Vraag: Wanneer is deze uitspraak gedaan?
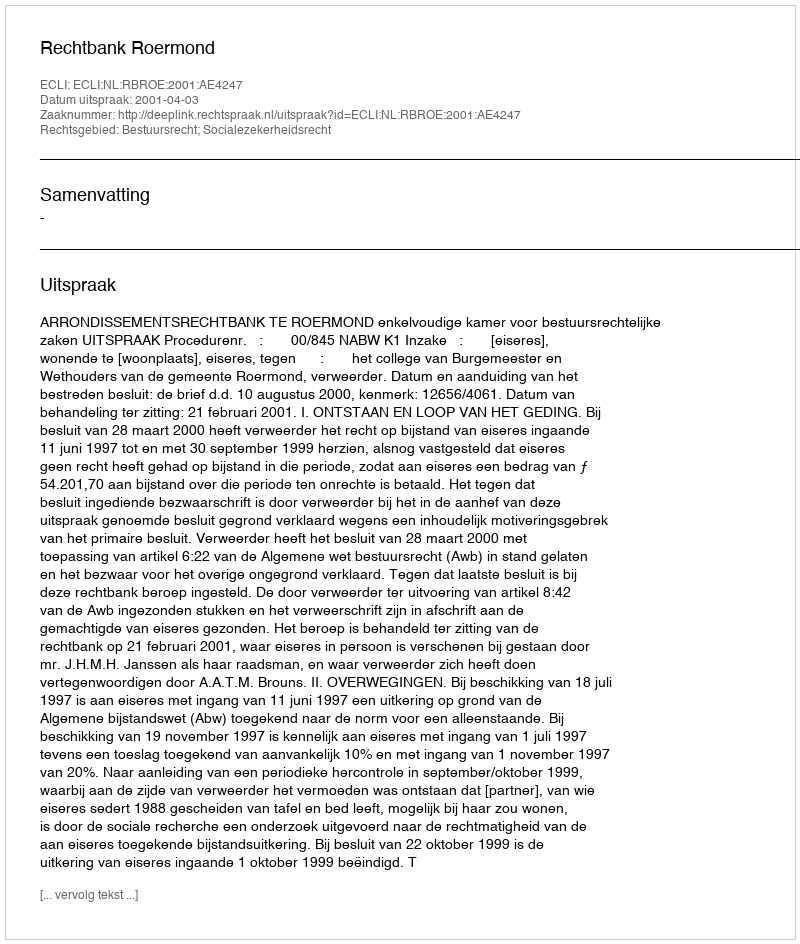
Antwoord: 2001-04-03